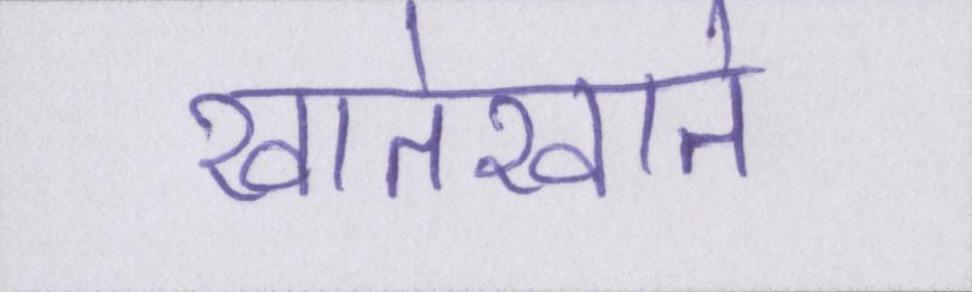
खातेखाते